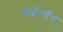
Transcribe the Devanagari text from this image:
यशोर्ध्मन्